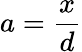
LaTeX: a={\frac{x}{d}}